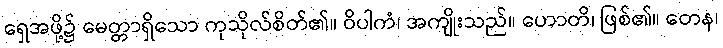
ရှေအဖို့၌ မေတ္တာရှိသော ကုသိုလ်စိတ်၏။ ဝိပါကံ၊ အကျိုးသည်။ ဟောတိ၊ ဖြစ်၏။ တေန၊